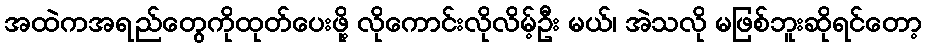
အထဲကအရည်တွေကိုထုတ်ပေးဖို့ လိုကောင်းလိုလိမ့်ဦး မယ်၊ အဲသလို မဖြစ်ဘူးဆိုရင်တော့